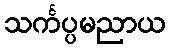
သင်္ကပ္ပမညာယ